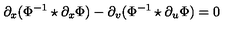
\partial _ { x } ( \Phi ^ { - 1 } \star \partial _ { x } \Phi ) - \partial _ { v } ( \Phi ^ { - 1 } \star \partial _ { u } \Phi ) = 0